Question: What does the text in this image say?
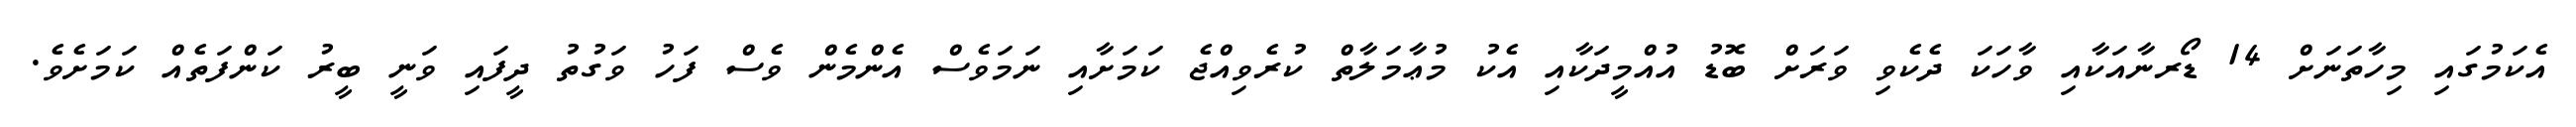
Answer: އެކަމުގައި މިހާތަނަށް 14 ޑޯރނާއަކާއި ވާހަކަ ދެކެވި ވަރަށް ބޮޑު އުއްމީދަކާއި އެކު މުޢާމަލާތް ކުރެވިއްޖެ ކަމަށާއި ނަމަވެސް އެންމެން ވެސް ފަހު ވަގުތު ދީފައި ވަނީ ބީރު ކަންފަތެއް ކަމަށެވެ.